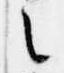
之